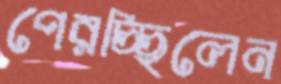
পেরচ্ছিলেন